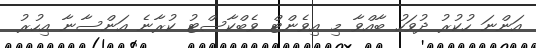
އަންނަ ހުކުރު ދުވަހު ބާއްވާ މި އިވެންޓް ވެބްކާސްޓު ކުރާނެ އަންސާނާ އިހުރު